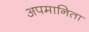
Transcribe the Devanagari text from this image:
अपमानिता